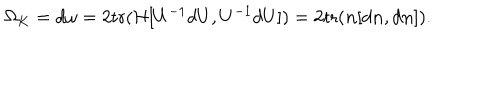
LaTeX: \Omega _ { K } = d \omega = 2 \mathrm { t r } ( { \cal H } [ U ^ { - 1 } d U , U ^ { - 1 } d U ] ) = 2 \mathrm { t r } ( { \bf n } [ d { \bf n } , d { \bf n } ] ) .